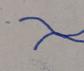
Signature authenticity: forged